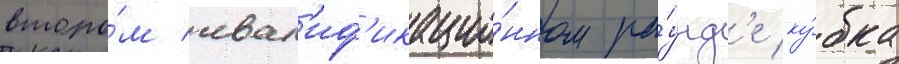
второ́м квал'иф'икацио́нном ра́унд'е ку́бка